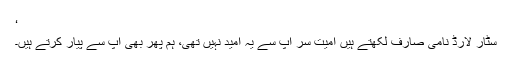
‘
سٹار لارڈ نامی صارف لکھتے ہیں امیت سر آپ سے یہ امید نہیں تھی، ہم پھر بھی آپ سے پیار کرتے ہیں۔